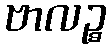
ဗာလဉ္စ